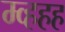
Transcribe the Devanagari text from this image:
म्व्हहह